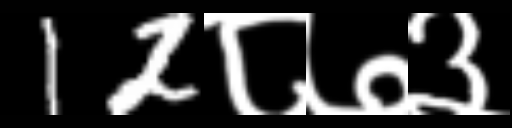
Text: 12८७३